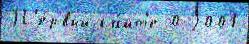
П'е́рвый са́йт'е 0 2001